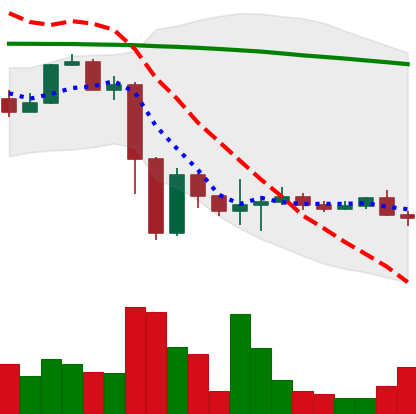
Ticker: NEO-USD
Chart end date: 2022-11-21
Forward return: 8.568%
Label: up_7plus